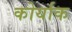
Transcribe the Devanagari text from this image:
कोर्याक